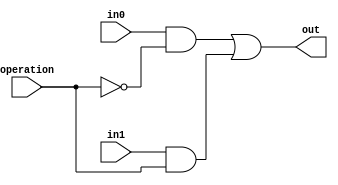
module MUX_1bit(out, in0, in1, operation);
    output wire out;
    
    input wire in0;
    input wire in1;
    input wire operation;
    
    wire neg_op;
    
    not n0(neg_op, operation);
    
    wire y0, y1;
    
    and a0(y0, in0, neg_op);
    and a1(y1, in1, operation);
    
    or o1(out, y0, y1);
    
endmodule